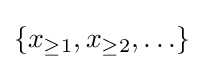
\{x_{\geq 1},x_{\geq 2},\ldots \}